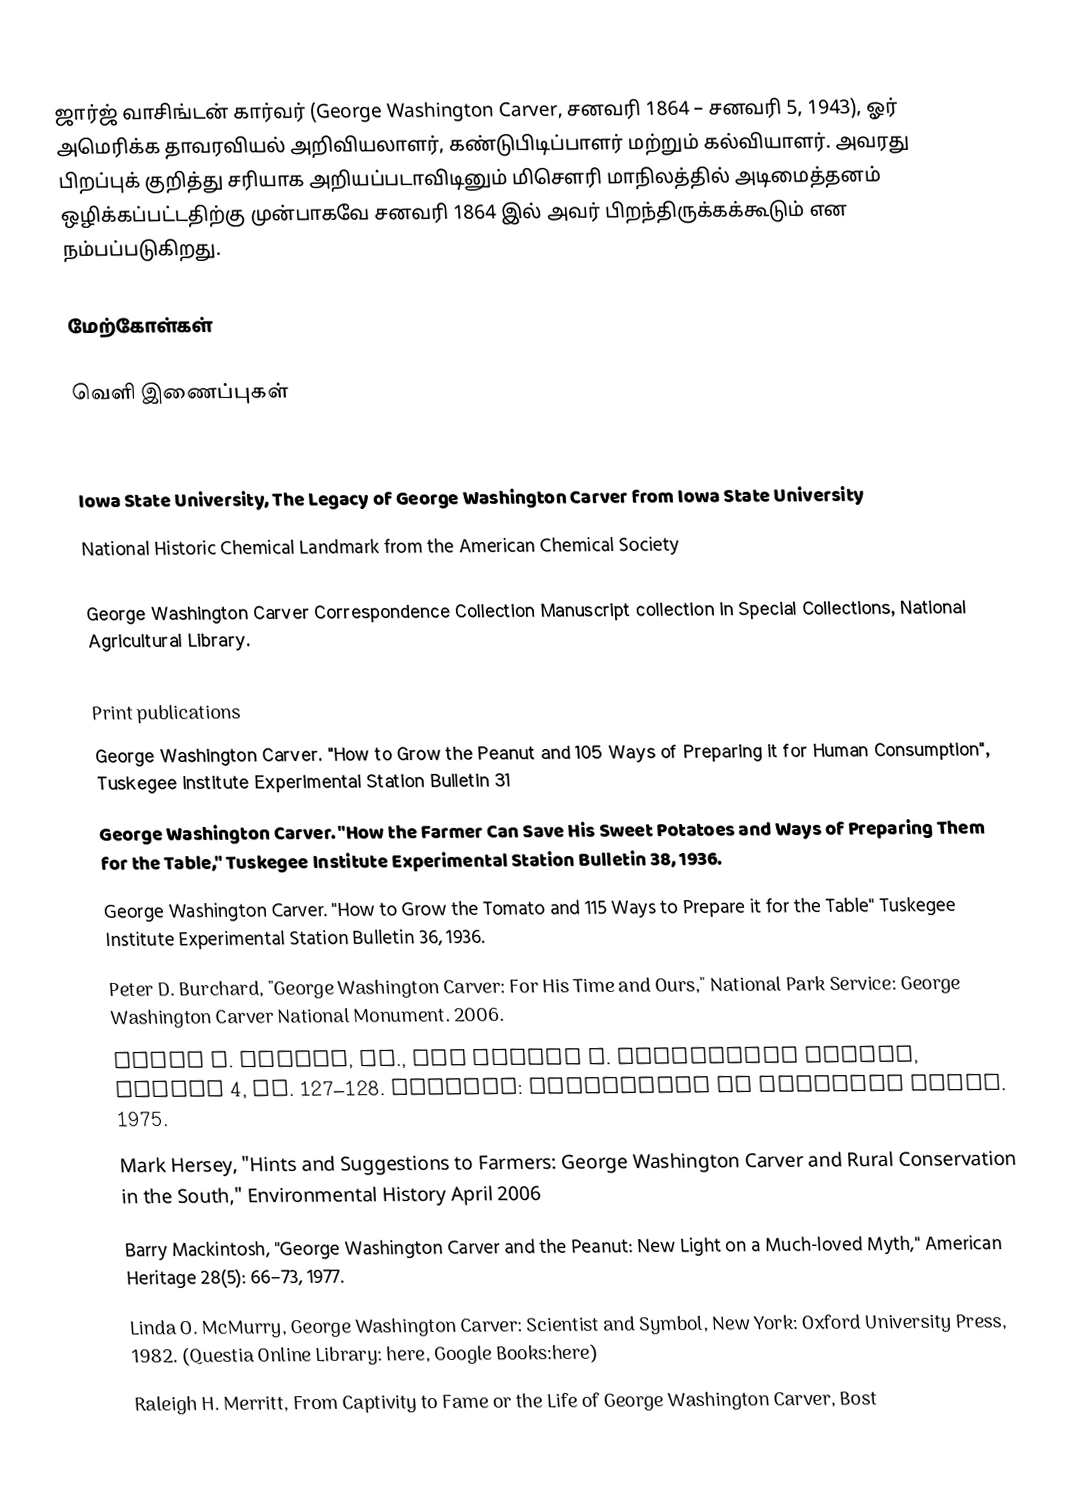
ஜார்ஜ் வாசிங்டன் கார்வர் (George Washington Carver, சனவரி 1864  – சனவரி 5, 1943),  ஓர் அமெரிக்க தாவரவியல் அறிவியலாளர், கண்டுபிடிப்பாளர் மற்றும் கல்வியாளர். அவரது பிறப்புக் குறித்து சரியாக அறியப்படாவிடினும் மிசௌரி மாநிலத்தில் அடிமைத்தனம் ஒழிக்கப்பட்டதிற்கு முன்பாகவே சனவரி 1864 இல் அவர் பிறந்திருக்கக்கூடும் என நம்பப்படுகிறது.

மேற்கோள்கள்

வெளி இணைப்புகள்

  Carver Tribute  from Tuskegee University
  Iowa State University, The Legacy of George  Washington Carver  from Iowa State University
  National Historic Chemical Landmark  from the American Chemical Society

 George Washington Carver Correspondence Collection  Manuscript collection in Special Collections, National Agricultural Library.

Print publications
 George Washington Carver. "How to Grow the Peanut and 105 Ways of Preparing it for Human Consumption", Tuskegee Institute Experimental Station Bulletin 31
 George Washington Carver. "How the Farmer Can Save His Sweet Potatoes and Ways of Preparing Them for the Table," Tuskegee Institute Experimental Station Bulletin 38, 1936.
 George Washington Carver. "How to Grow the Tomato and 115 Ways to Prepare it for the Table" Tuskegee Institute Experimental Station Bulletin 36, 1936.
 Peter D. Burchard, "George Washington Carver: For His Time and Ours," National Park Service: George Washington Carver National Monument. 2006.
 Louis R. Harlan, Ed., The Booker T. Washington Papers, Volume 4, pp. 127–128. Chicago: University of Illinois Press. 1975.
 Mark Hersey, "Hints and Suggestions to Farmers: George Washington Carver and Rural Conservation in the South," Environmental History April 2006
 Barry Mackintosh, "George Washington Carver and the Peanut: New Light on a Much-loved Myth," American Heritage 28(5): 66–73, 1977.
 Linda O. McMurry, George Washington Carver: Scientist and Symbol, New York: Oxford University Press, 1982. (Questia Online Library: here, Google Books:here)
 Raleigh H. Merritt, From Captivity to Fame or the Life of George Washington Carver, Bost